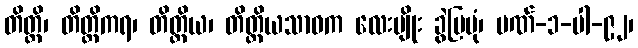
တိတ္ထိ၊ တိတ္ထိကရ၊ တိတ္ထိယ၊ တိတ္ထိယသာဝက လေးမျိုး ခွဲပြပုံ၊ ပဏ်-၁-ပါ-၉၂၊